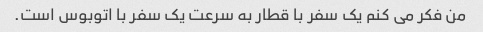
من فکر می کنم یک سفر با قطار به سرعت یک سفر با اتوبوس است.